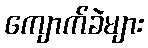
ကျောက်ခဲများ